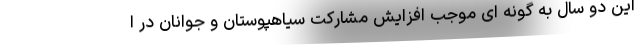
این دو سال به گونه ای موجب افزایش مشارکت سیاهپوستان و جوانان در ا